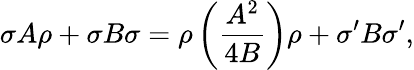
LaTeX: \sigma A\rho+\sigma B\sigma=\rho\left({\frac{A^{2}}{4B}}\right)\rho+\sigma^{\prime}B\sigma^{\prime},